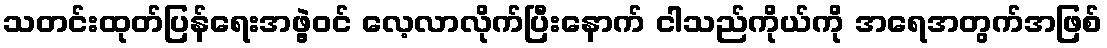
သတင်းထုတ်ပြန်ရေးအဖွဲ့ဝင် လေ့လာလိုက်ပြီးနောက် ငါသည်ကိုယ်ကို အရေအတွက်အဖြစ်